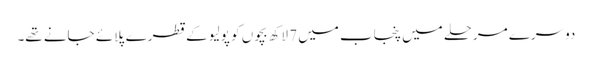
دوسرے مرحلے میں پنجاب میں 7 لاکھ بچوں کو پولیو کے قطرے پلائے جانے تھے۔